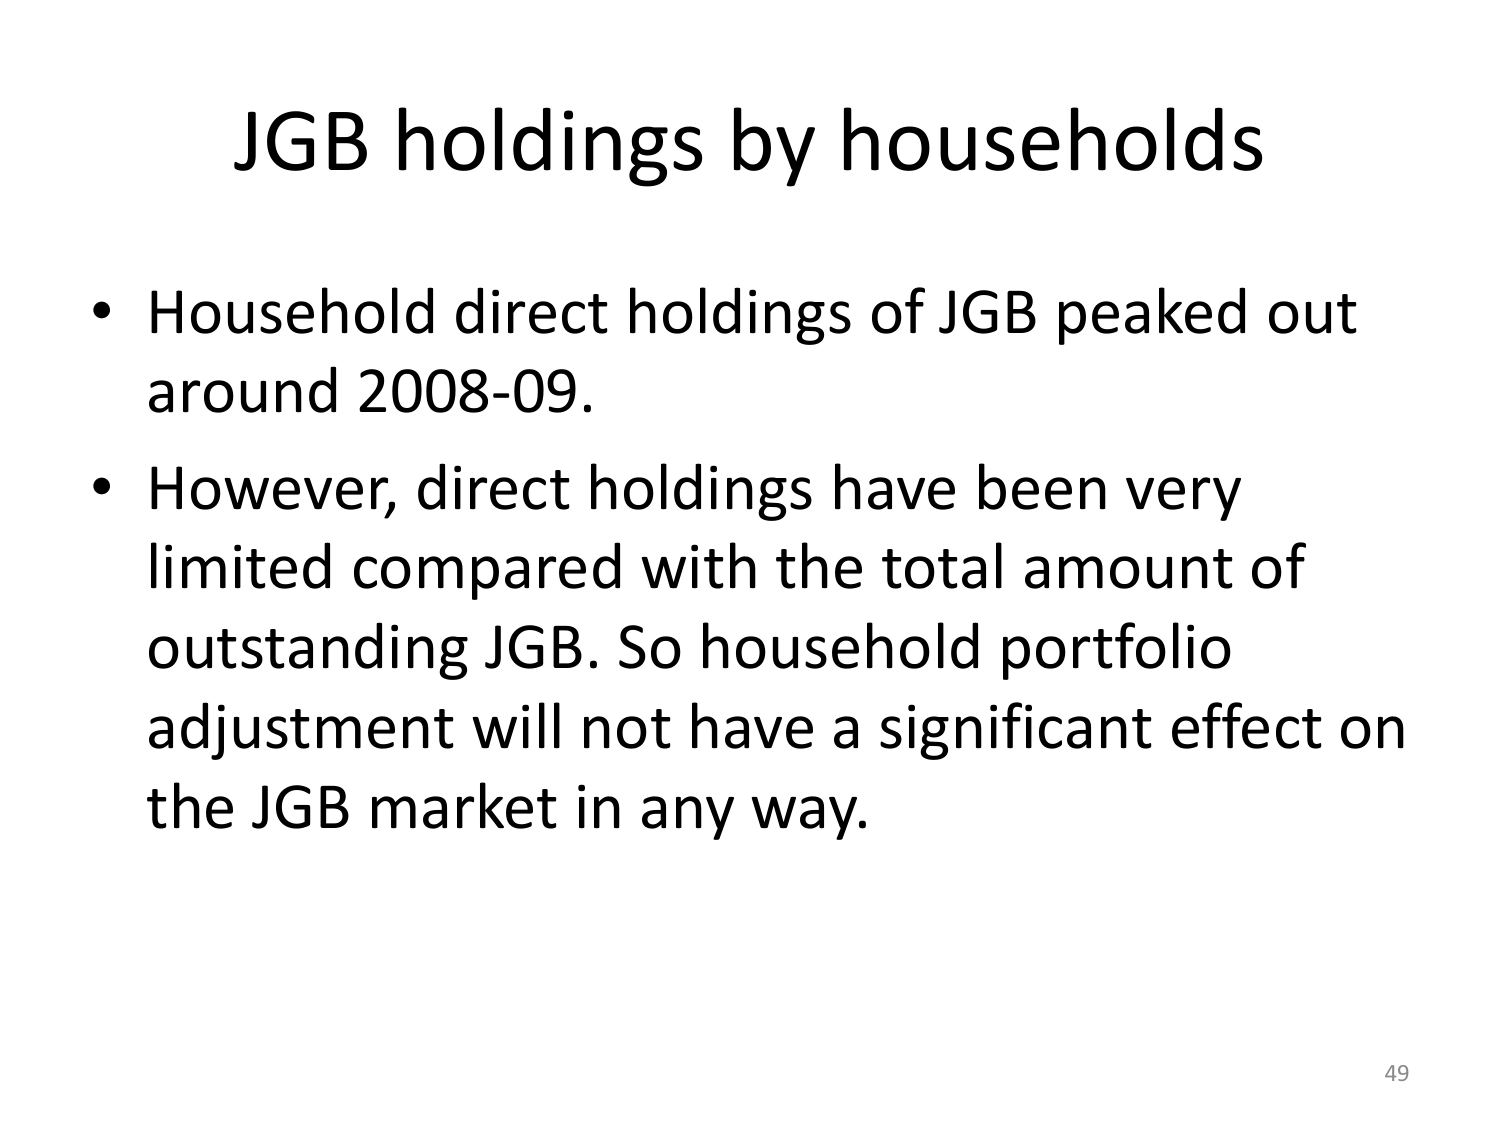
JGB holdings by households

• Household direct holdings of JGB peaked out around 2008-09.

• However, direct holdings have been very limited compared with the total amount of outstanding JGB. So household portfolio adjustment will not have a significant effect on the JGB market in any way.

49